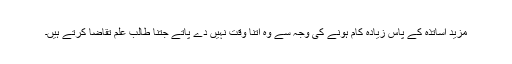
مزید اساتذہ کے پاس زیادہ کام ہونے کی وجہ سے وہ اتنا وقت نہیں دے پاتے جتنا طالب علم تقاضا کرتے ہیں۔